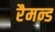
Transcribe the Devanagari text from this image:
रैमन्ड